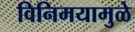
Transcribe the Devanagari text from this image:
विनिमयामुळे